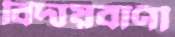
বিদায়বাণী